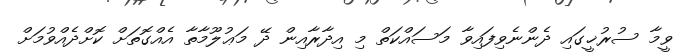
ވީމާ ސުރުޚީގައި ދެންނެވިފައިވާ މަސައްކަތް މި އިދާރާއިން ދޭ މަޢުލޫމާތާ އެއްގޮތަށް ކޮށްދެއްވުމަށް